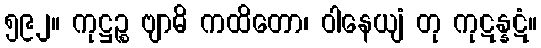
၅၉၂။ ကုဋ္ဌဉ္စ ဗျာဓိ ကထိတော၊ ဝါနေယျံ တု ကုဋန္နဋံ။